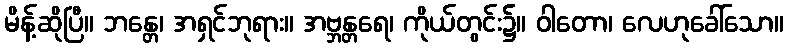
မိန့်ဆိုပြီ။ ဘန္တေ၊ အရှင်ဘုရား။ အဗ္ဘန္တရေ၊ ကိုယ်တွင်း၌။ ဝါတော၊ လေဟုခေါ်သော။